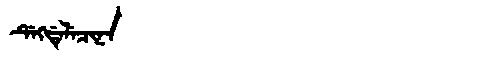
Manchu: ᡩᡝᡴᡩᡝᠯᡝᠴᡳᠨᠠ
Romanization: DEKDELECINA